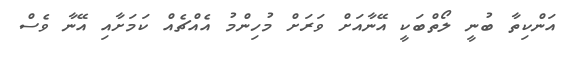
އަންކިތާ ބުނީ ލޯތްބަކީ އޭނާއަށް ވަރަށް މުހިންމު އެއްޗެއް ކަމަށާއި އޭނާ ވެސް